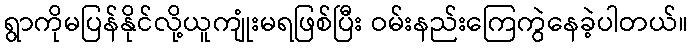
ရွာကိုမပြန်နိုင်လို့ယူကျုံးမရဖြစ်ပြီး ဝမ်းနည်းကြေကွဲနေခဲ့ပါတယ်။